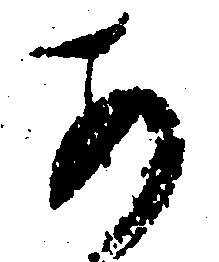
あ